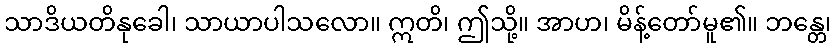
သာဒိယတိနုခေါ၊ သာယာပါသလော။ ဣတိ၊ ဤသို့။ အာဟ၊ မိန့်တော်မူ၏။ ဘန္တေ၊